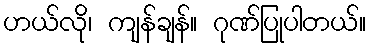
ဟယ်လို၊ ကျန်ချန်။ ဂုဏ်ပြုပါတယ်။